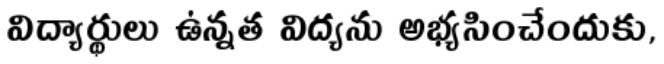
విద్యార్థులు ఉన్నత విద్యను అభ్యసించేందుకు,